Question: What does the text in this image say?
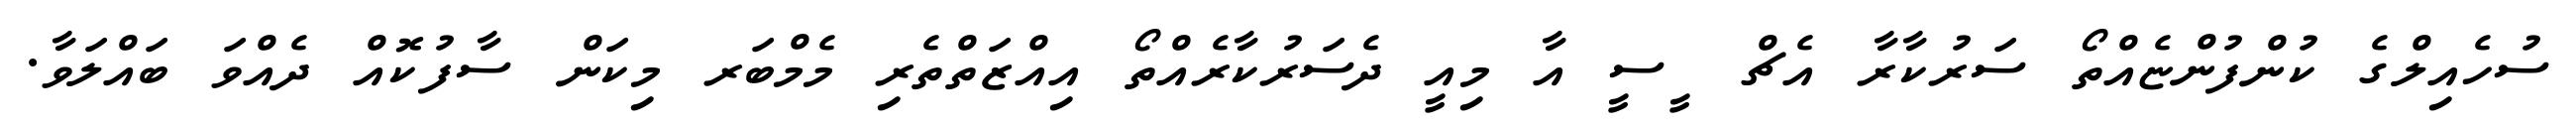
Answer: ސުހެއިލްގެ ކުންފުންޏެއްތޯ ސަރުކާރާ އެޗް ޱީސީ އާ މިއީ ދެސަރުކާރެއްތޯ އިއްޒަތްތެރި މެމްބަރ މިކަން ސާފުކޮއް ދެއްވަ ބައްލަވާ.